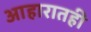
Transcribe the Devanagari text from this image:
आहारातही